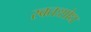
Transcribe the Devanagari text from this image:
स्वतःशोध